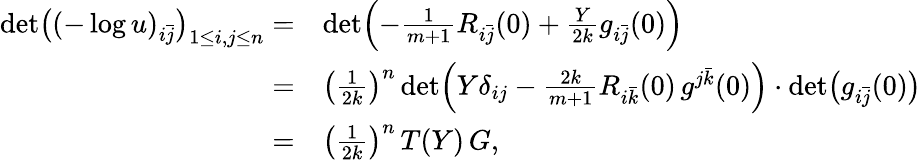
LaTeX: \begin{array}{rl}{\operatorname*{det}\bigl((-\log u)_{i\bar{j}}\bigr)_{1\leq i,j\leq n}=}&{\operatorname*{det}\Bigl(-\frac{1}{m+1}R_{i\bar{j}}(0)+\frac{Y}{2k}g_{i\bar{j}}(0)\Bigr)}\\ {=}&{\bigl(\frac{1}{2k}\bigr)^{n}\operatorname*{det}\Bigl(Y\delta_{ij}-\frac{2k}{m+1}R_{i\bar{k}}(0)\, g^{j\bar{k}}(0)\Bigr)\cdot\operatorname*{det}\bigl(g_{i\bar{j}}(0)\bigr)}\\ {=}&{\bigl(\frac{1}{2k}\bigr)^{n}\, T(Y)\, G,}\end{array}